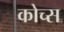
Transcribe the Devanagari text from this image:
कोच्स